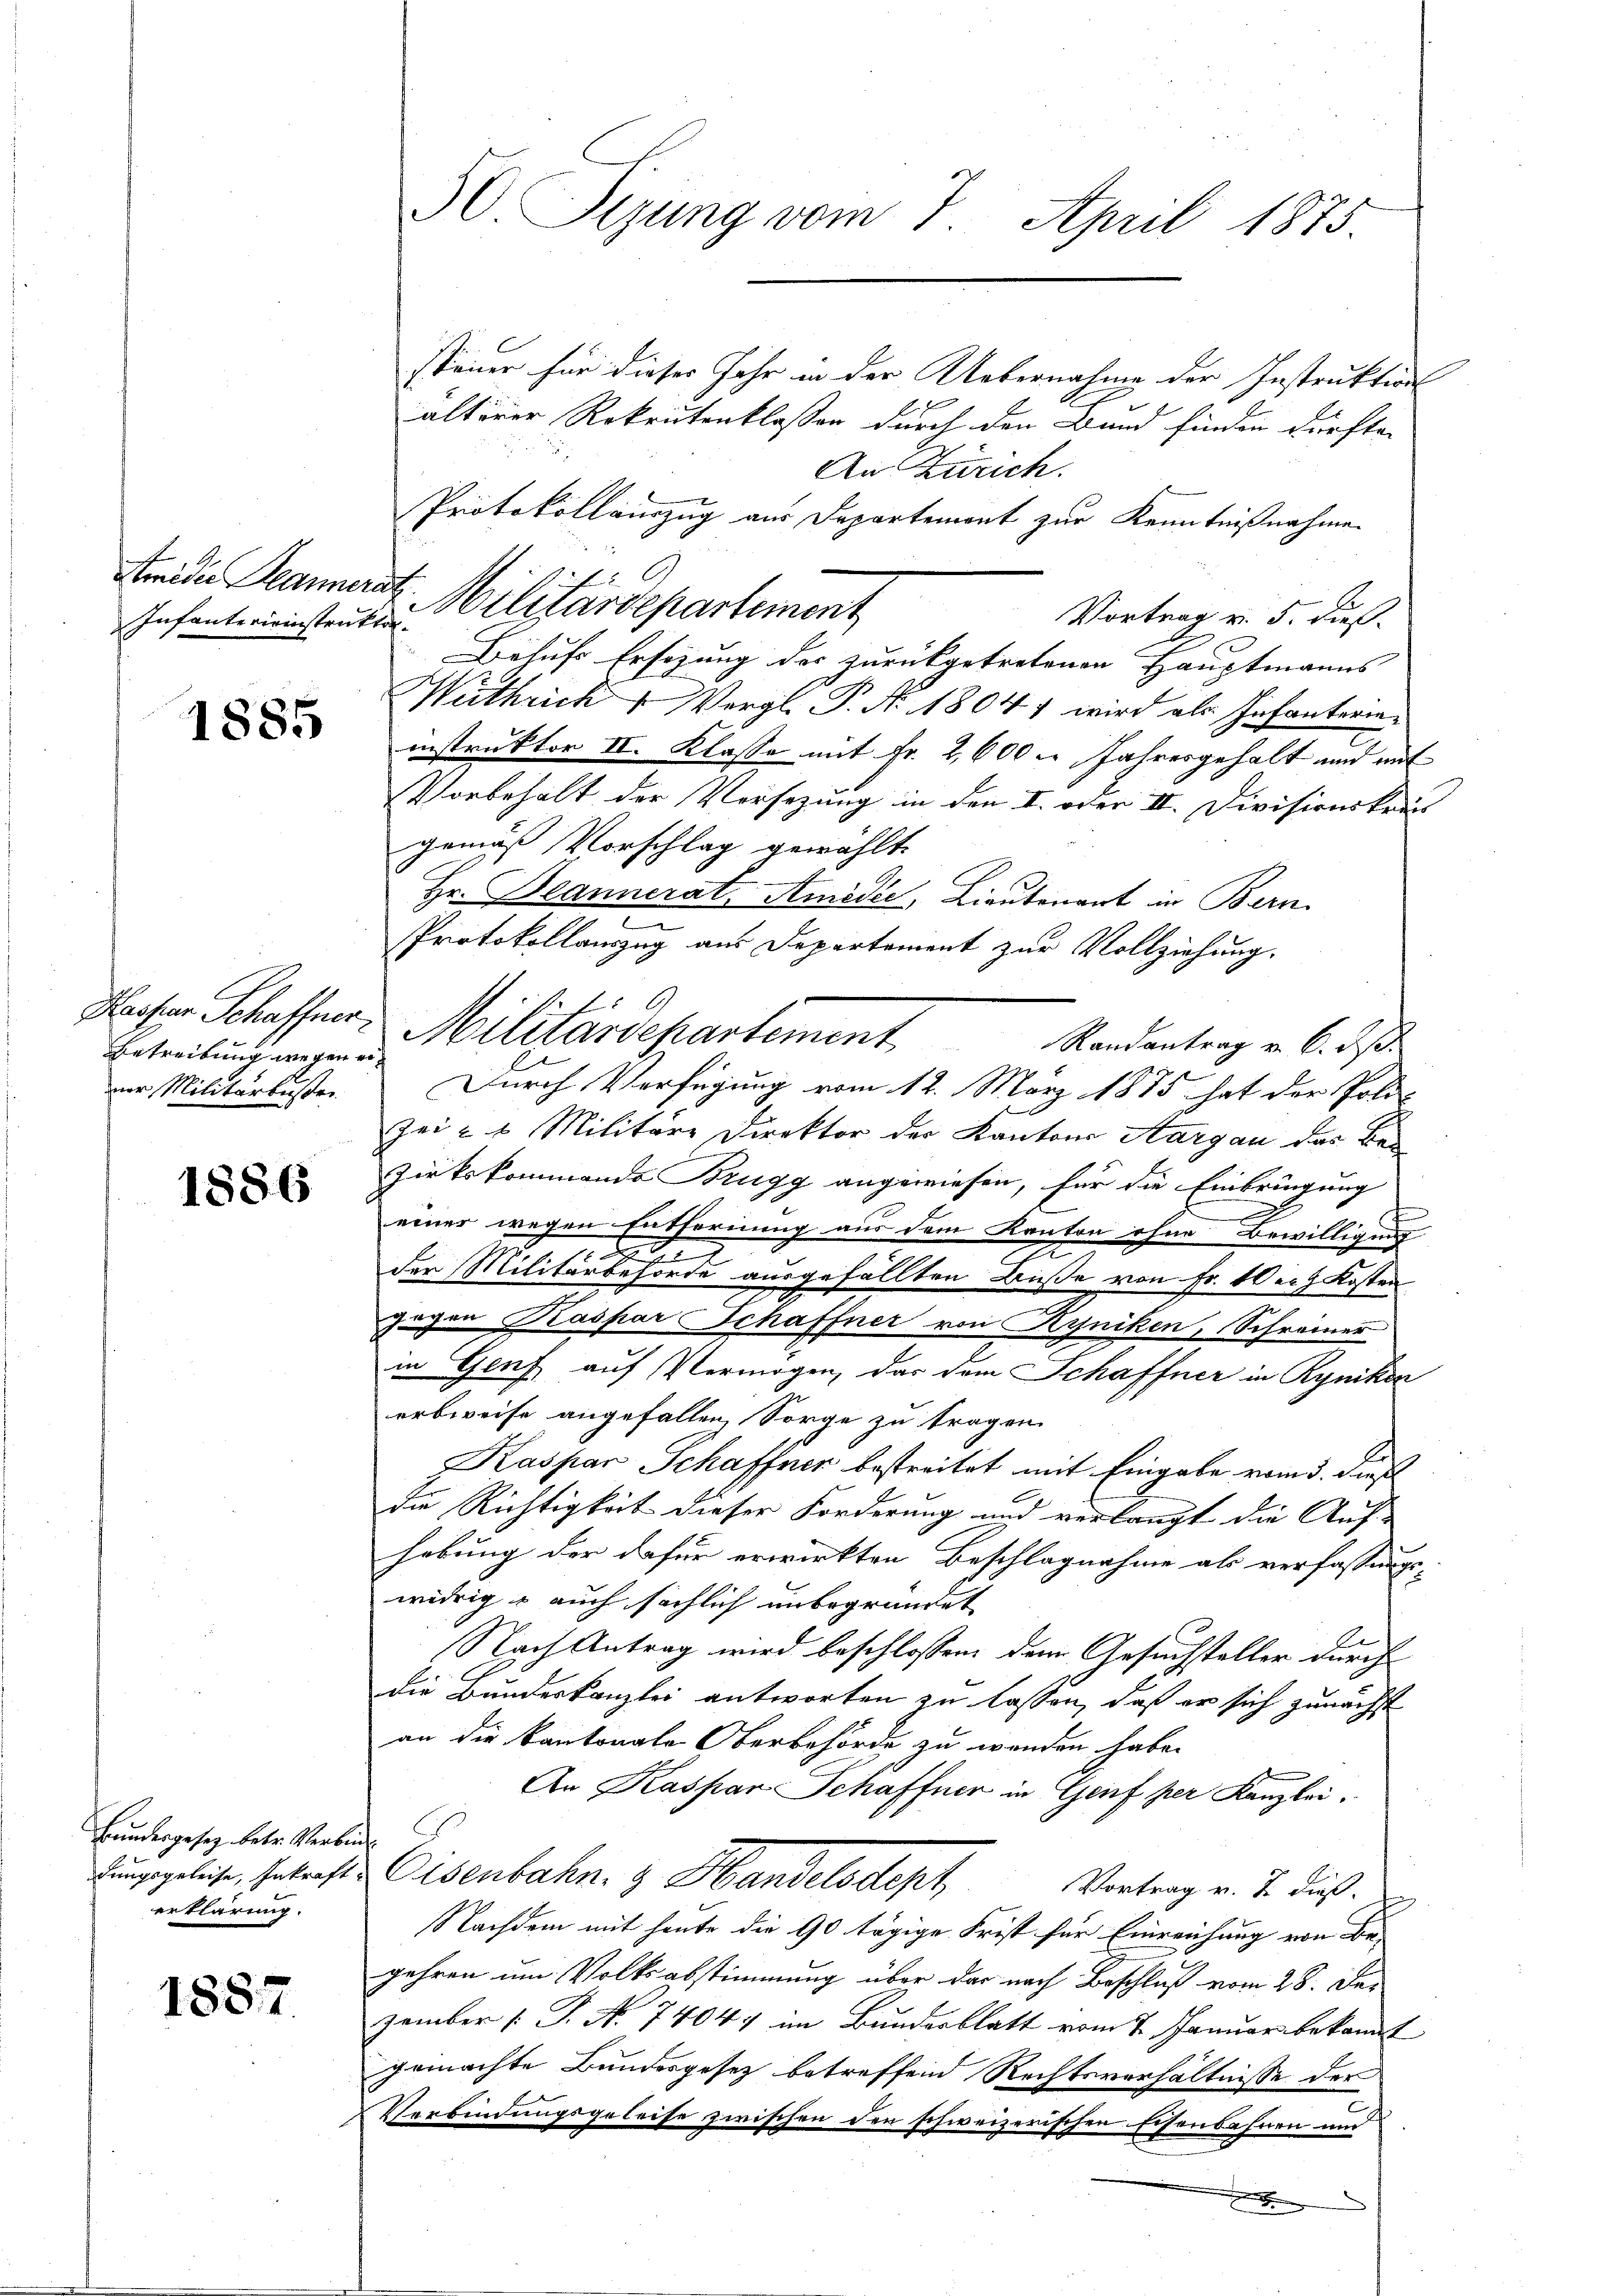
Infanterieinstruktor.

1885

Betreibung wegen erner Militärbußen.

1886

Bundesgesetz betr. Verbin
erklärung.

1887

steuer für dieses Jahr in der Uebernahme der Instruktion
älterer Rekrutenklassen durch den Bund finden dürfte.
An Zürich.
Protokollauszug aus Departement zur Kenntnißnahmen
Amidi Mannerat. Militärdepartement
Vortrag v. 5. dieß
Behufs Ersezung des zurückgetretenen Hauptmanns |
Wuthrich Vergl. P. Nr. 1804, wird als Infanterieinstruktor II. Klasse mit Fr. 2600 m Jahresgehalt und mit
Vorbehalt der Versezung in den I. oder II. Divisionskreis
gemäß Vorschlag gewählt.
Hr. Beannerat, Amodée, Lieutenant in Bern
Protokollauszug aus Departement zur Vollziehung.
A
Wesen Schaffen. Militärdepartement Randantrag v. 6. des
Durch Verfügung vom 12. März 1875 hat der Poli-
Zei - 6 Militäre Direktor der Kantons Aargau das Beizirkskommende Brugg angewiesen, für die Einbringung
einer wegen Entfernung aus dem Kanton ohne Bewilligen-
c
der Militärbehörde ausgefällten Buße von Fr. 10 er Kosten
gegen Kaspar Schaffner von Ryniken, Schreiner
in Genf auf Vermögen, das dem Schaffner in Ryniken
erbweise angefallen, Sorge zu tragen.
Kaspar Schaffner bestreitet mit Eingabe vom 3. dieß
die Richtigkeit dieser Forderung und verlangt die Auf-
hebung der dafür erwirkten Beschlagnahme als verfassungs-
widrig auch sächlich unbegründet
2
Nach Antrag wird beschlossen, dem Gesuchsteller durch
die Bundeskanzlei antworten zu lassen, daß er sich zunächst
an die Kantonale Oberbehörde zu werden habe.
An Kaspar Schaffner in Genf per Kanzlei.
Funggeliche, se traft. Eisenbahn. & Handelsdept
Vortrag v. 2. dieß
Nachdem mit heute die 90 tägige Frist für Einreichung von Be-
gehren um Volksabstimmung über der nach Beschluß vom 28. Dezember (T. No 74047 im Bundesblatt vom 7. Januar bekannt
gemachte Bundesgesetz betreffend Rechtsverhältnisse der
Verbindungsgeleise zwischen den schweizerischen Eisenbahnen und

50 Sizung vom 7. April 1875.